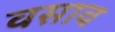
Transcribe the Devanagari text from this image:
वसाव